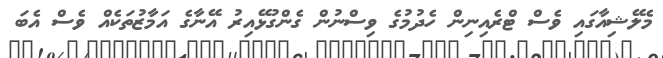
މެލޭޝިއާގައި ވެސް ޓްރެއިނިން ހެދުމުގެ ވިސްނުން ގެންގުޅޭއިރު އޭނާގެ އަމާޒުތަކެއް ވެސް އެބަ